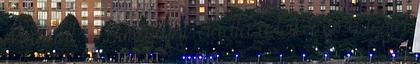
maradt. - Bovaryné eladta a lelkét és a testét